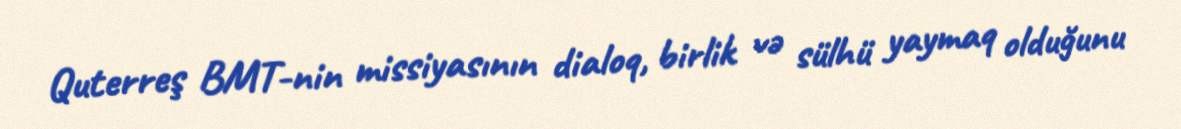
Quterreş BMT-nin missiyasının dialoq, birlik və sülhü yaymaq olduğunu